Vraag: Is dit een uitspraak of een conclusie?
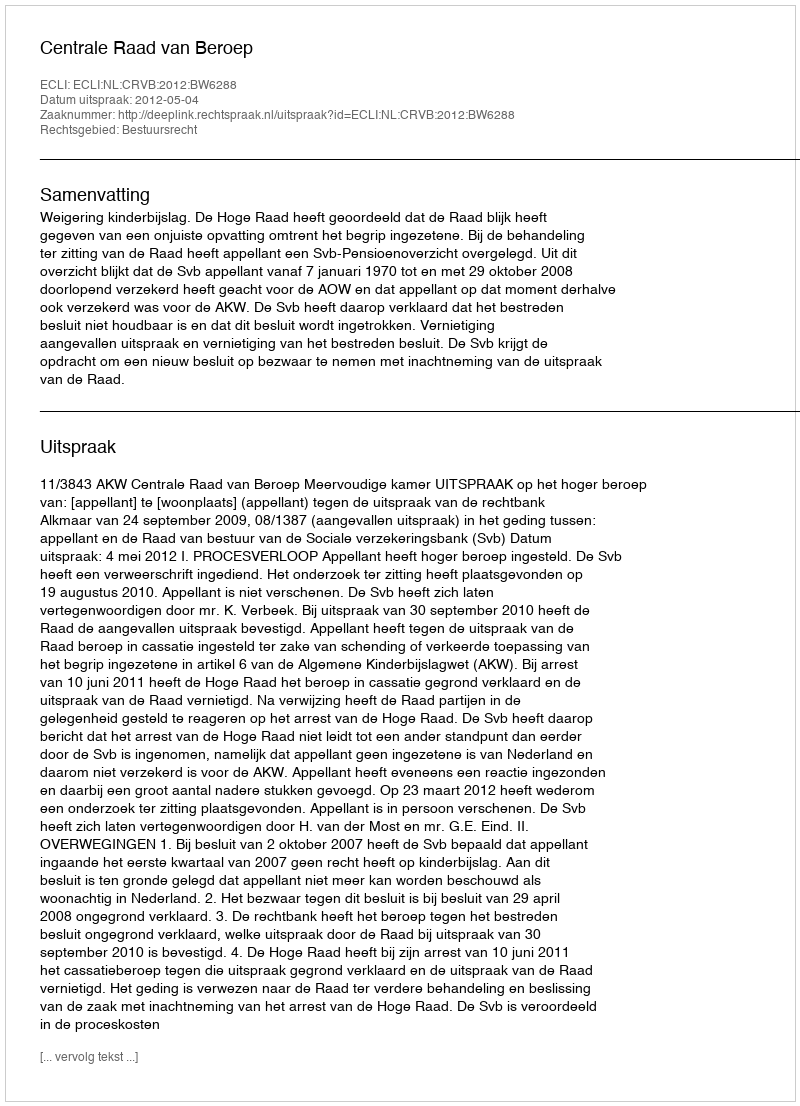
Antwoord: Uitspraak